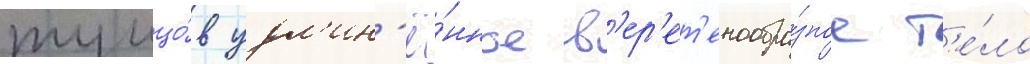
тунцо́в удл'ин'ё́нное в'ер'ет'енообра́зное т'е́ло